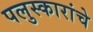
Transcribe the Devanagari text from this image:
पलुस्कारांचे